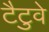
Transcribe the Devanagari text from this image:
टैटुवे